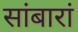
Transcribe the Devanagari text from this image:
सांबारां